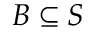
B \subseteq S